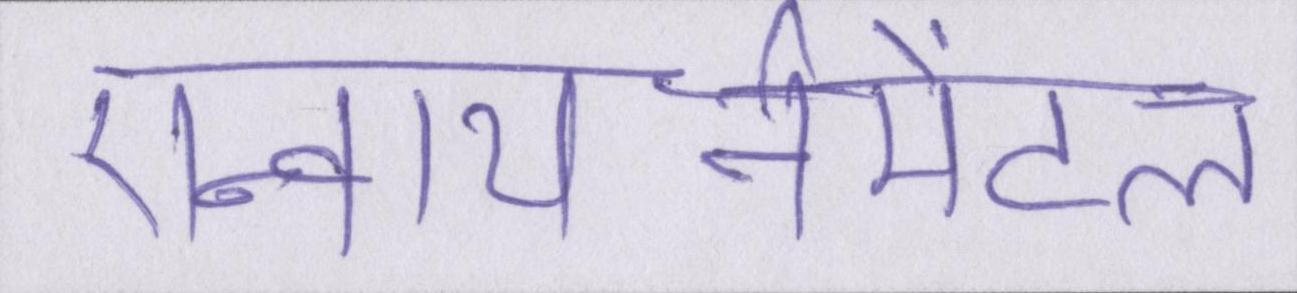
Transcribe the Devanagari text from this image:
एन्वायर्नमेंटल